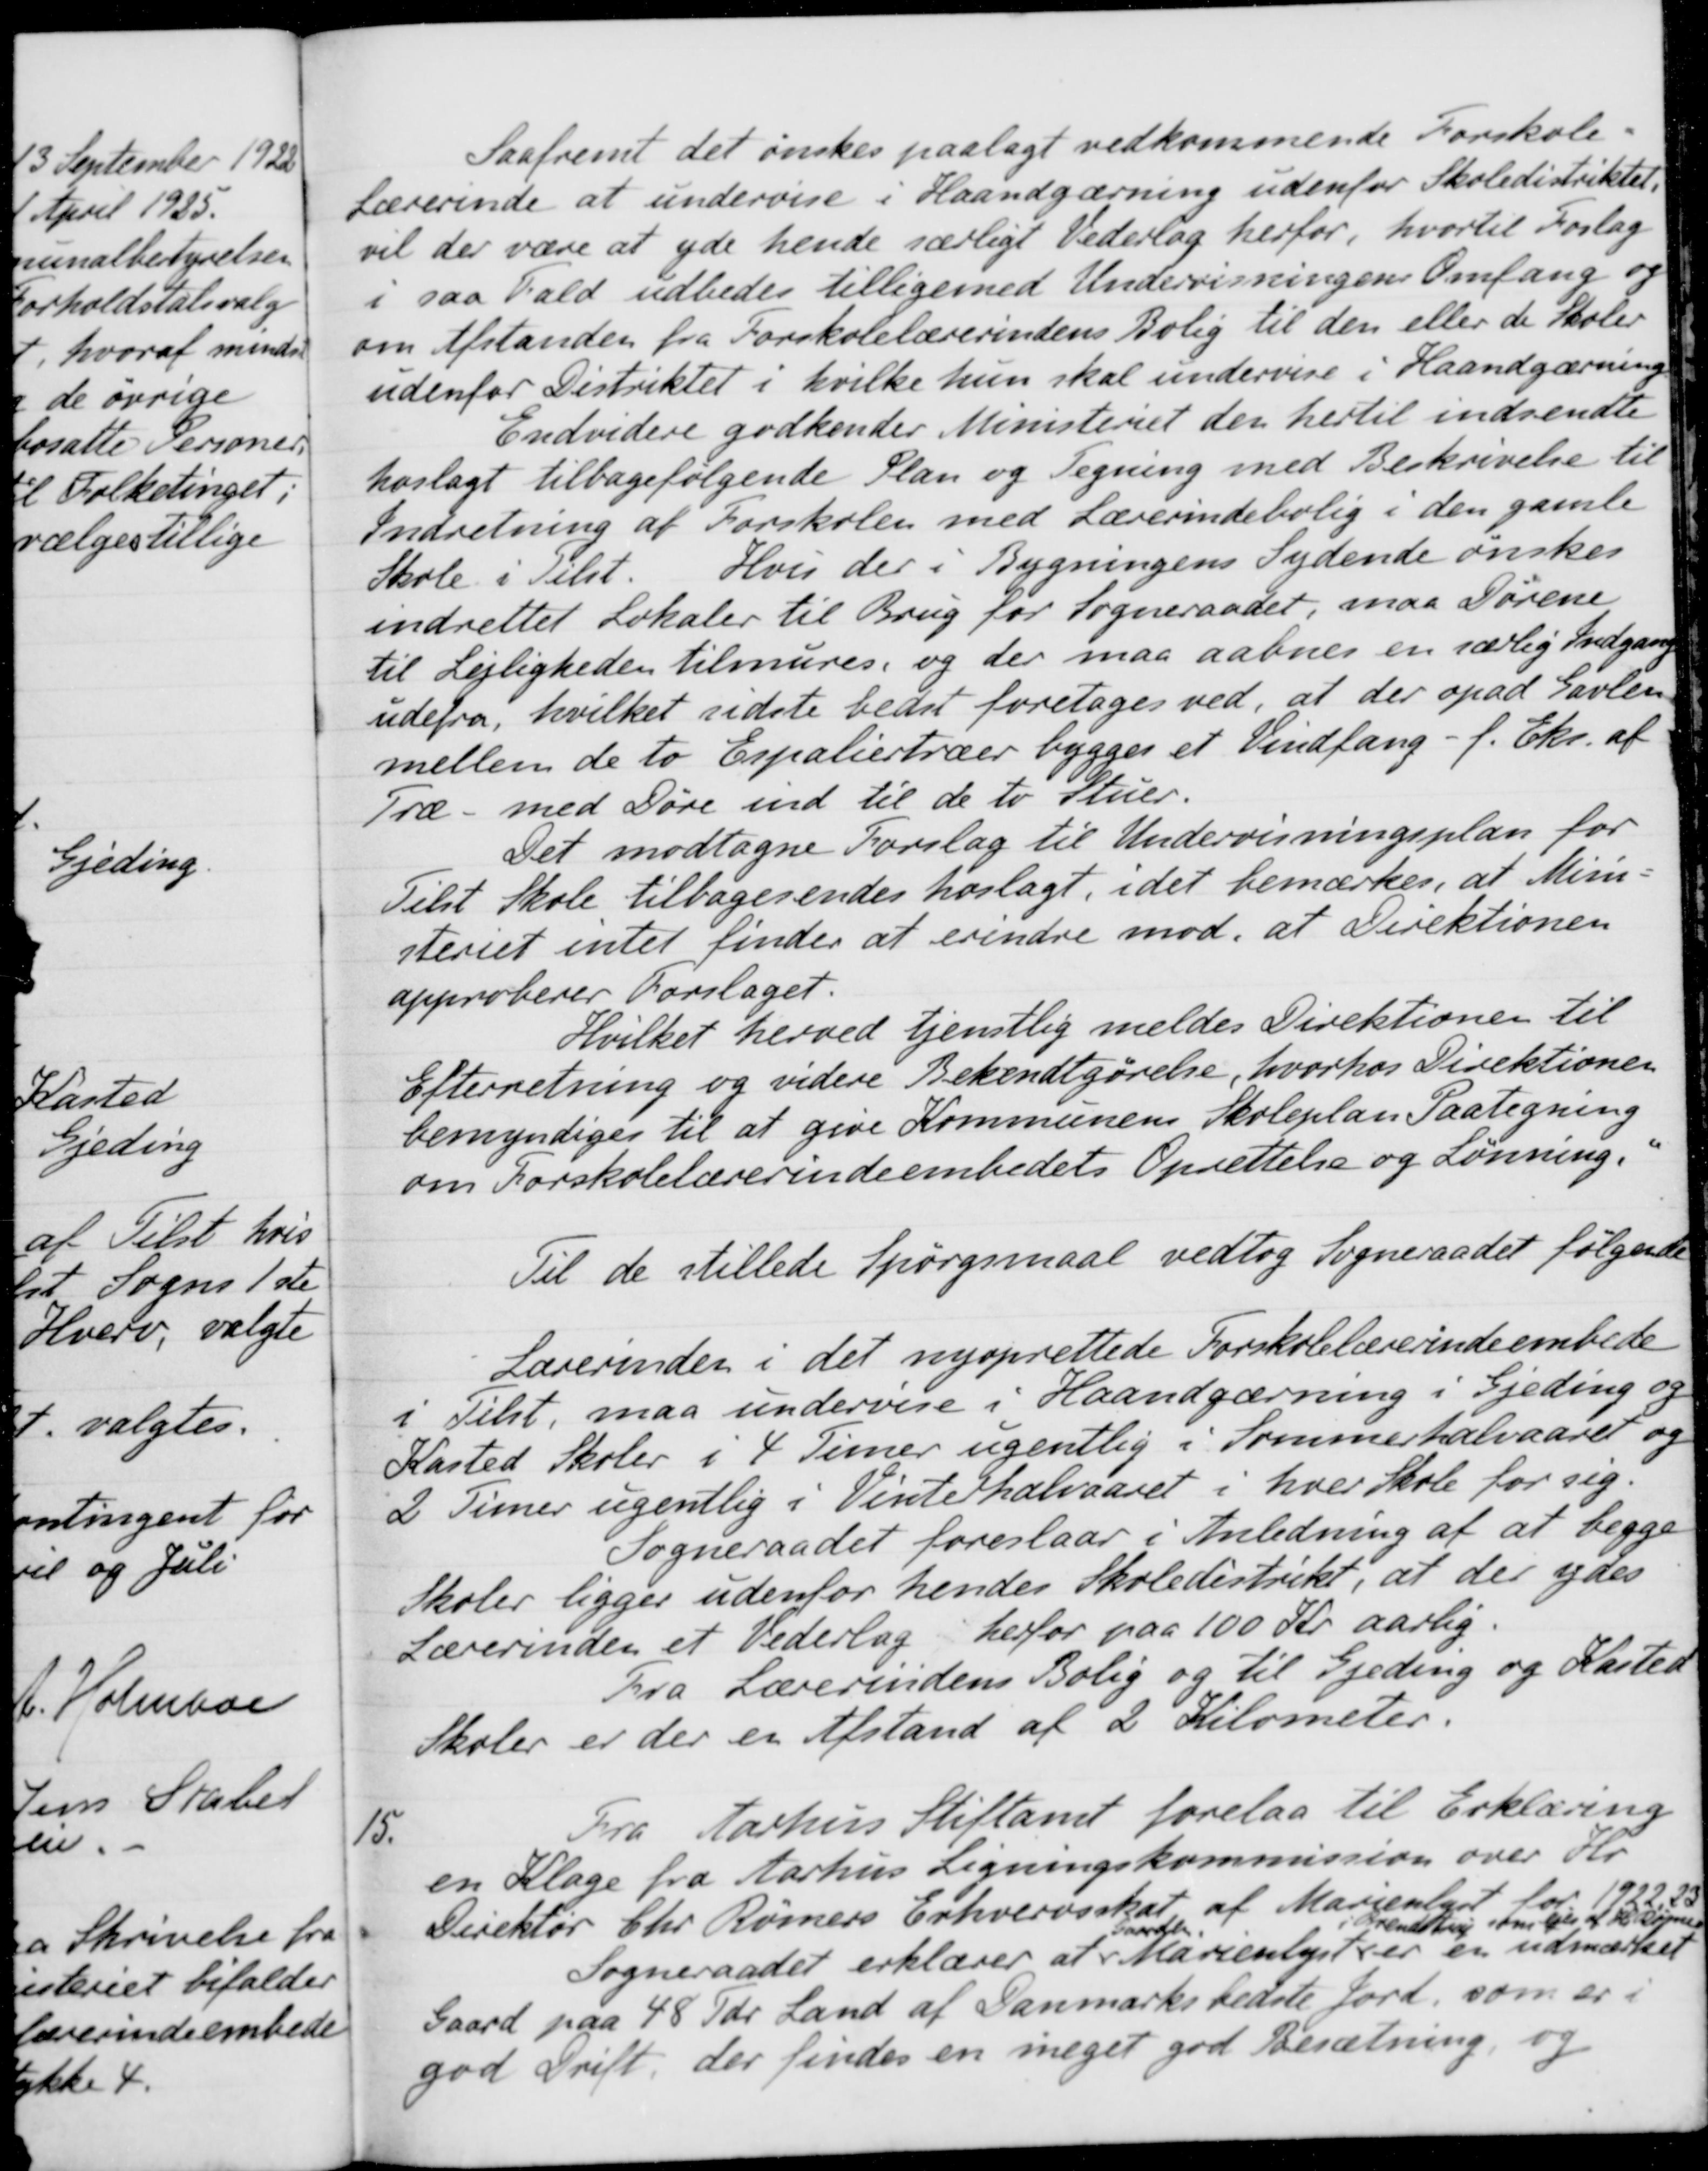
Transskription:
Saafremt det ønskes paalagt vedkommende Forskole-
Lærerinde at undervise i Haandgærning udenfor Skoledistriktet,
vil der være at yde hende særligt Vederlag herfor, hvortil Forlag
i saa Fald udbedes tilligemed Undervisningens Omfang og
om Afstanden fra Forskolelærerindens Bolig til den eller de Skoler
udenfor Distriktet i hvilke hun skal undervise i Haandgærning
Endvidere godkender Ministeriet den hertil indsendte
hoslagt tilbagefølgende Plan og Tegning med Beskrivelse til
Indretning af Forskolen med Lærerindebolig i den gamle
Skole i Tilst. Hvis der i Bygningens Sydende ønskes
indrettet Lokaler til Brug for Sogneraadet, maa Dørene
til Lejligheden tilmures, og der maa aabnes en særlig Indgang
udefra, hvilket sidste bedst foretages ved, at der opad Gavlen
mellem de to Espaliertræer bygges et Vindfang - f. Eks. af
Træ - med Døre ind til de to Stuer.
Det modtagne Forslag til Undervisningsplan for
Tilst Skole tilbagesendes hoslagt, idet bemærkes, at Mini-
steriet intet finder at erindre mod, at Direktionen
approberer forslaget.
Hvilket herved tjenstlig meldes Direktionen til
Efterretning og videre Bekendtgørelse, hvorhos Direktionen
bemyndiges til at give Kommunens Skoleplan Paategning
om Forskolelærerindeembedets Oprettelse og Lønning.
Til de stillede Spørgsmaal vedtog Sogneraadet følgende
Lærerinden i det nyoprettede Forskolelærerindeembede
i Tilst, maa undervise i Haandgærning i Gjeding og
Kasted Skoler i 4 Timer ugentlig i Sommerhalvaaret og
2 Timer ugentlig i Vinterhalvaaret i hver Skole for sig.
Sogneraadet foreslaar i Anledning af at begge
Skoler ligger udenfor hendes Skoledistrikt, at der ydes
Lærerinden et Vederlag herfor paa 100 Kr. aarlig.
Fra Lærerindens Bolig og til Gjeding og Kasted
Skoler er der en Afstand af 2 Kilometer.
15.
Fra Aarhus Stiftamt forelaa til Erklæring
en Klage fra Aarhus Ligningskommission over Hr
Direktør Chr. Rønners Erhvervsskat af Marienlyst for 1922-23
Sogneraadet erklærer at
Gaarden
Marienlyst
i Brendstrup som ejes af R. Rasmussen
 er en udmærket
Gaard paa 48 Tdr. Land af Danmarks bedste Jord, som er i
god Drift, der findes en meget god Besætning, og